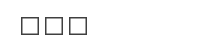
١٠٠